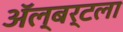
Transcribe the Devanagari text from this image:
ॲल्बर्टला